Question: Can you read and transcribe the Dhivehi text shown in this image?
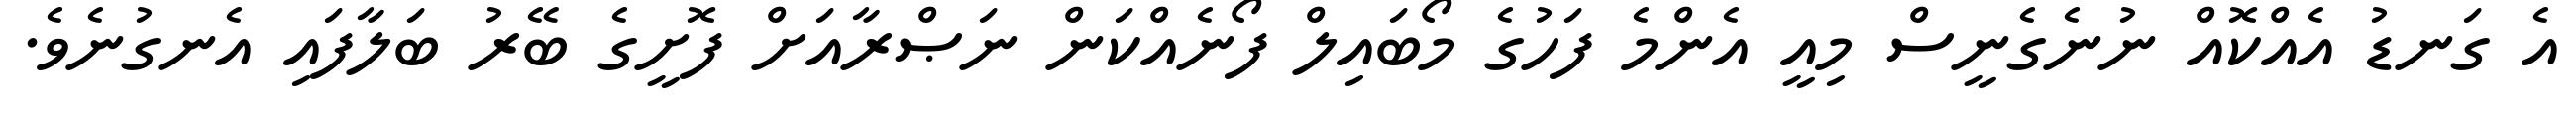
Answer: އެ ގަނޑު އެއްކޮއް ނުނެގެނީސް މިއީ އެންމެ ފަހުގެ މޯބައިލް ފޯނެއްކަން ނަޞްރާއަށް ފޮށީގެ ބޭރު ބަލާފައި އެނގުނެވެ.